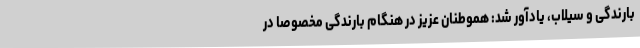
بارندگی و سیلاب، یادآور شد: هموطنان عزیز در هنگام بارندگی مخصوصا در